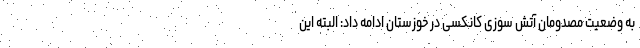
به وضعیت مصدومان آتش سوزی کانکسی در خوزستان ادامه داد: البته این